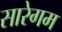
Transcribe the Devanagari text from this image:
सारेगम